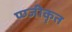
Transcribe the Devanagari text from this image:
प्ण्जीकृत